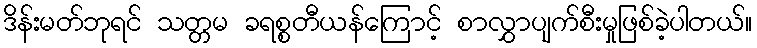
ဒိန်းမတ်ဘုရင် သတ္တမ ခရစ္စတီယန်ကြောင့် စာလွှာပျက်စီးမှုဖြစ်ခဲ့ပါတယ်။